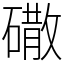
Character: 䃟